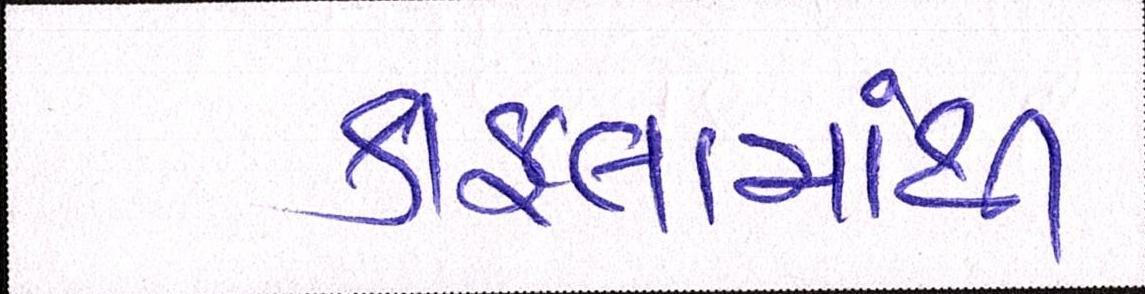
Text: કાફલામાંથી